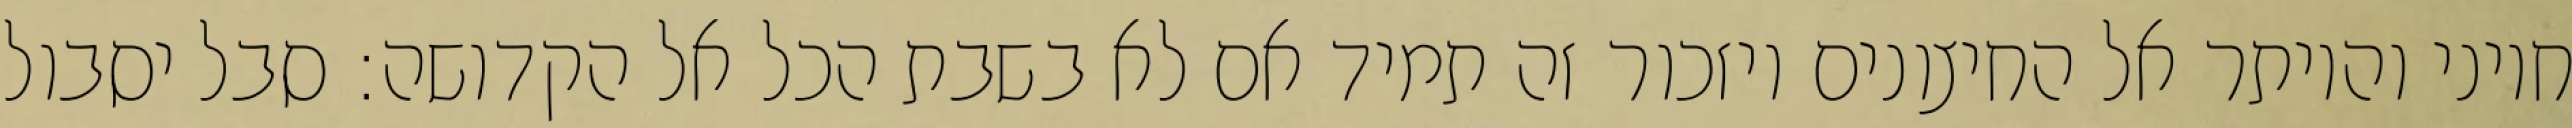
חיוני והיותר אל החיצונים ויזכור זה תמיד אם לא בשבת הכל אל הקדושה: סבל יסבול